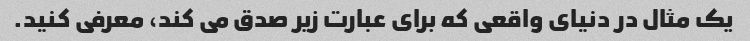
یک مثال در دنیای واقعی که برای عبارت زیر صدق می کند، معرفی کنید.